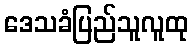
ဒေသခံပြည်သူလူထု